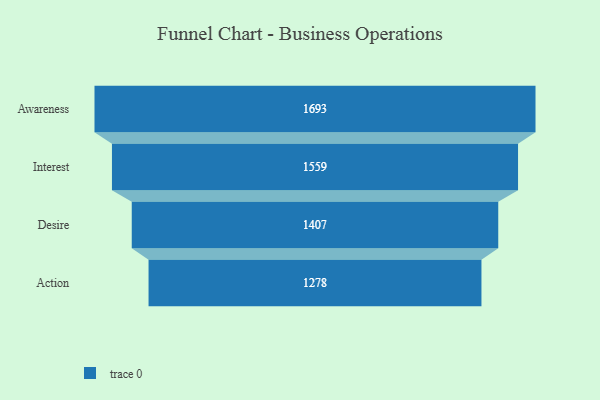
{"axis": {"x": "Stage", "y": "Value"}, "legend": [""], "data": [{"x": "Awareness", "y": 1693.0, "type": ""}, {"x": "Interest", "y": 1559.0, "type": ""}, {"x": "Desire", "y": 1407.0, "type": ""}, {"x": "Action", "y": 1278.0, "type": ""}]}